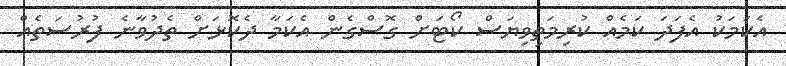
އެކަމަކު އެފަދަ ކަމެއް ކުރިމަތިވިޔަސް ކޯޓަށް ގޮސްގެން އެކަމާ ދެކޮޅަށް ތެދުވާނެ ފުރުސަތެއް